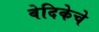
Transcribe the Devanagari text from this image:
वेदिकेचे